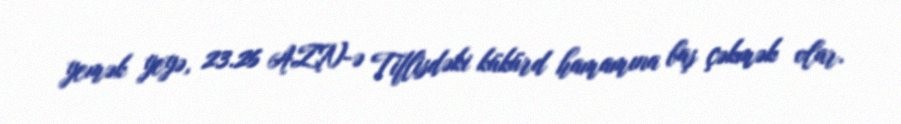
yemək yeyə, 23.26 AZN-ə Tiflisdəki kükürd hamamına baş çəkmək olar.